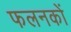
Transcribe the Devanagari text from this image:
फलनकों